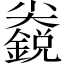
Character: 𱚬